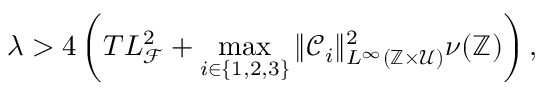
\lambda > 4 \left( T L _ { \mathcal { F } } ^ { 2 } + \operatorname* { m a x } _ { i \in \{ 1 , 2 , 3 \} } \Vert \mathcal { C } _ { i } \Vert _ { L ^ { \infty } ( \mathbb { Z } \times \mathcal { U } ) } ^ { 2 } \nu ( \mathbb { Z } ) \right) ,